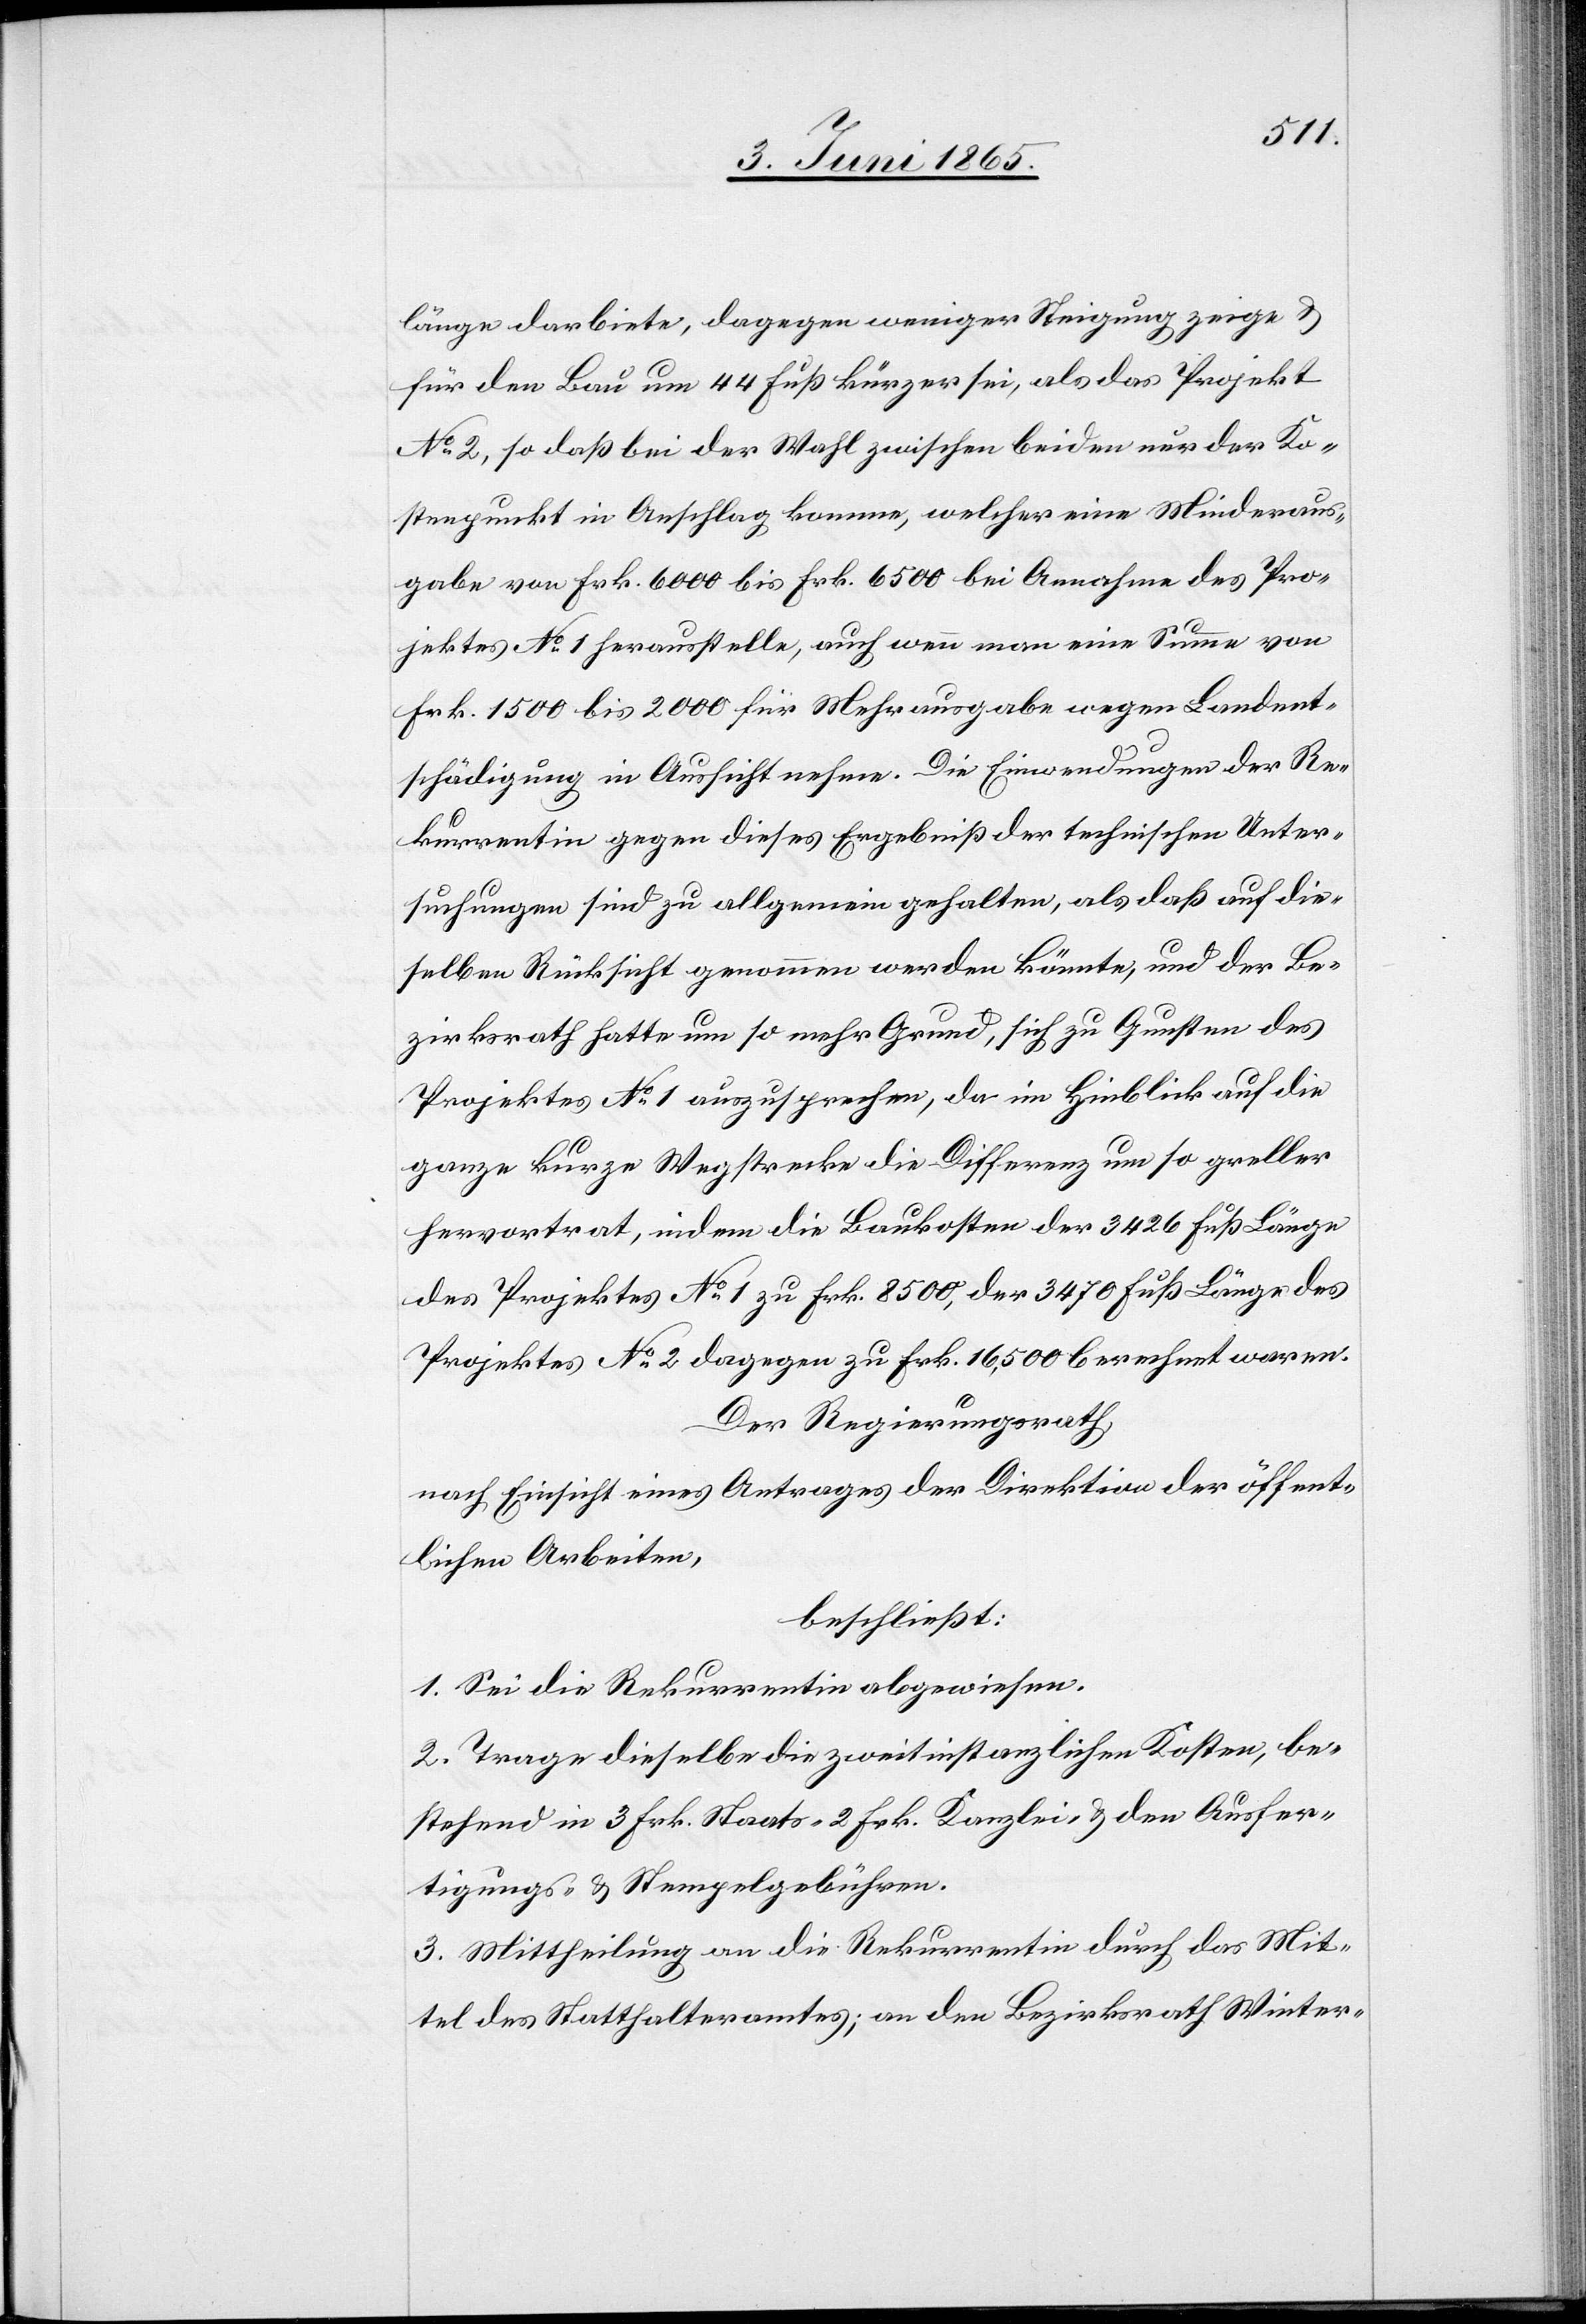
länge darbiete, dagegen weniger Steigung zeige &
für den Bau um 44 Fuß kürzer sei, als das Projekt
No 2, so daß bei der Wahl zwischen beiden nur der Ko¬
stenpunkt in Anschlag komme, welcher eine Minderaus¬
gabe von Frk. 6000 bis Frk. 6500 bei Annahme des Pro¬
jektes No 1 herausstelle, auch wenn man eine Summe von
Frk. 1500 bis 2000 für Mehrausgabe wegen Landent¬
schädigung in Aussicht nehme. Die Einwendungen der Re¬
kurrentin gegen dieses Ergebniß der technischen Unter¬
suchungen sind zu allgemein gehalten, als daß auf die¬
selben Rücksicht genommen werden könnte, und der Be¬
zirksrath hatte um so mehr Grund, sich zu Gunsten des
Projektes No 1 auszusprechen, da im Hinblick auf die
ganze kurze Wegstrecke die Differenz um so greller
hervortrat, indem die Baukosten der 3426 Fuß Länge
des Projektes No 1 zu Frk. 8500, der 3470 Fruß Länge des
Projektes No 2 dagegen zu Frk. 16,500 berechnet waren.
Der Regierungsrath,
nach Einsicht eines Antrages der Direktion der öffent¬
lichen Arbeiten,
beschließt:
1. Sei die Rekurrentin abgewiesen.
2. Trage dieselbe die zweitinstanzlichen Kosten, be¬
stehend in 3 Frk. Staats- [,] 2 Frk. Kanzlei- & den Ausfer¬
tigungs- & Stempelgebühren.
3. Mittheilung an die Rekurrentin durch das Mit¬
tel des Statthalteramtes; an den Bezirksrath Winter-